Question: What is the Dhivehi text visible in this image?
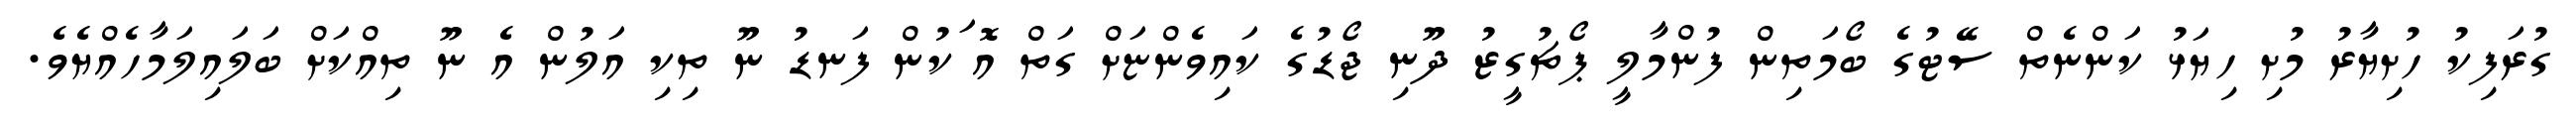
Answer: ގުރަފިކު ހުށިޔާރު މުށި ހިޔަޅު ކަންނެތް ސޭޓުގެ ބޯމަތިން ފުންމާލީ ޕޯޗުގީޒު ދޫނި ޖޯޑުގެ ކައިވެންޏަށް ގަތް އޮޱަކުން ފަނޑު ނޫ ތިކި އަލުން އެ ނޫ ތިއްކަށް ބަލައިލަމާހެއްޔެވެ.